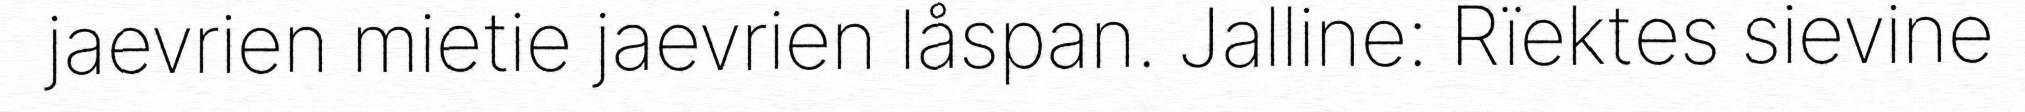
jaevrien mietie jaevrien låspan. Jalline: Rïektes sievine